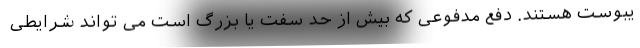
یبوست هستند. دفع مدفوعی که بیش از حد سفت یا بزرگ است می تواند شرایطی